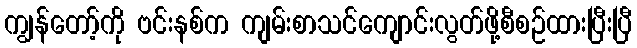
ကျွန်တော့်ကို ဗင်းနစ်က ကျမ်းစာသင်ကျောင်းလွတ်ဖို့စီစဉ်ထားပြီးပြီ